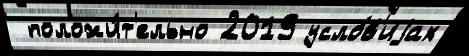
 положи́т'ельно 2019 усло́в'иjах